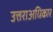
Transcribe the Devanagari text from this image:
उत्तराअधिकार